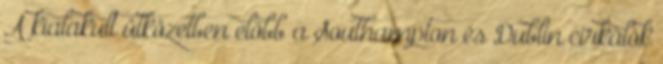
A kialakult ütközetben előbb a Southampton és Dublin cirkálók